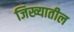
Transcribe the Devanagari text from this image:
जिख्यातील